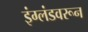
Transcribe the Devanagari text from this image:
इंग्लंडवरून